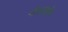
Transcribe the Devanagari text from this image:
गोल्डमॅन